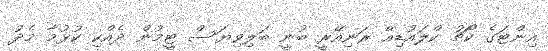
އިންޓަގެ ކޯޗު ކްލައުޑިއޭ ރަނިއޭރީ ބުނީ ބަލިވިޔަސް ޓީމުން ދެއްކި ކުޅުމާ މެދު